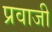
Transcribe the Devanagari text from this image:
प्रवाजी